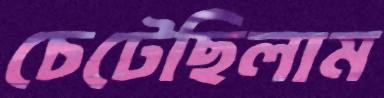
চেটেছিলাম